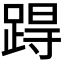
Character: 𨁽